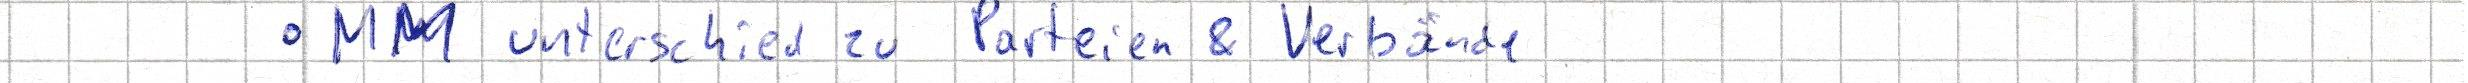
- MM unterschied zu Parteien & Verbände